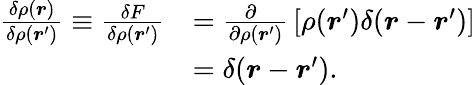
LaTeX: {\begin{array}{rl}{{\frac{\delta\rho({\boldsymbol{r}})}{\delta\rho({\boldsymbol{r}}^{\prime})}}\equiv{\frac{\delta F}{\delta\rho({\boldsymbol{r}}^{\prime})}}}&{={\frac{\partial\ \ }{\partial\rho({\boldsymbol{r}}^{\prime})}}\, [\rho({\boldsymbol{r}}^{\prime})\delta({\boldsymbol{r}}-{\boldsymbol{r}}^{\prime})]}\\ &{=\delta({\boldsymbol{r}}-{\boldsymbol{r}}^{\prime}).}\end{array}}